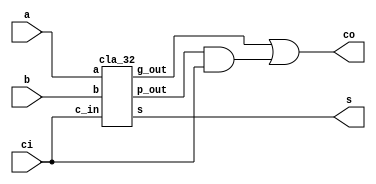
`timescale 1ns / 1ps
//////////////////////////////////////////////////////////////////////////////////
// Company: 
// Engineer: 
// 
// Design Name: 
// Module Name: CLA32
// Project Name: 
// Target Devices: 
// Tool Versions: 
// Description: 
// 
// Dependencies: 
// 
// Revision:
// Revision 0.01 - File Created
// Additional Comments:
// 
//////////////////////////////////////////////////////////////////////////////////


module CLA32(a,b,ci,s,co);
    input   [31:0]  a,b;
    input  ci;
    output   [31:0]   s;
    output co;
    wire  g_out,p_out;
    cla_32  cla   (a,b, ci,g_out,p_out, s); 
    assign  co  =  g_out| p_out &  ci;
endmodule




module add(a,b,c,g,p,s);
    input a,b,c;
    output g,p,s;
    assign s = a^b^c;
    assign g = a & b;
    assign p = a | b;
endmodule



module g_p  (g,p,c_in,g_out,p_out,c_out);
    input  [1:0]  g,p;
    input  c_in;
    output g_out, p_out, c_out;
    assign g_out = g[1]|p[1] & g[0];
    assign p_out = p[1]  & p[0];
    assign c_out = g[0]   |  p[0]  &  c_in;
endmodule

module cla_2 (a,b,c_in,g_out,p_out,s) ;
    input  [1:0]  a,b;
    input c_in;
    output g_out, p_out;
    output  [1:0]  s;
    wire  [1:0]  g,p;
    wire c_out;
    add add0 (a[0],b[0],c_in, g[0],p[0],s[0]);
    add add1 (a[1],b[1],c_out, g[1],p[1],s[1]);
    g_p g_p0 (g,p,c_in,  g_out,p_out,c_out);
endmodule

module cla_4 (a,b, c_in,g_out,p_out,s);
    input  [3:0]  a,b;
    input  c_in;
    output g_out, p_out;
    output  [3:0]  s;
    wire  [1:0]  g,p;
    wire c_out;
    cla_2 cla0 (a[1:0],b[1:0],c_in, g[0],p[0],s[1:0]);
    cla_2 clal (a[3:2],b[3:2],c_out,g[1],p[1],s[3:2]);
    g_p    g_p0  (g,p,c_in, g_out,p_out,c_out);
endmodule

module  cla_8   (a,b, c_in,g_out,p_out, s);
    input   [7:0]  a,b;
    input  c_in;
    output  g_out, p_out;
    output   [7:0]   s;
    wire   [1:0]   g,p;
    wire  c_out;
    cla_4  cla0  (a[3:0],b[3:0],c_in, g[0],p[0],s[3:0]);
    cla_4  c1a1  (a[7:4],b[7:4],c_out,g[1],p[1],s[7:4]);
    g_p   g_p0  (g,p,c_in,  g_out,p_out,c_out);
endmodule

module cla_16 (a,b, c_in,g_out,p_out, s);
    input   [15:0]  a,b;
    input  c_in;
    output  g_out, p_out;
    output   [15:0]  s;
    wire  [1:0]  g,p;
    wire  c_out;
    cla_8  cla0   (a[7:0],b[7:0],c_in,g[0],p[0],s[7:0]);
    cla_8  cla1   (a[15:8],b[15:8],c_out,g[1],p[1],s[15:8]);
    g_p    g_p0  (g,p,c_in,  g_out,p_out,c_out);
endmodule

module cla_32  (a,b,c_in,g_out,p_out, s);
    input  [31:0]  a,b;
    input c_in;
    output  g_out, p_out;
    output  [31:0]  s;
    wire  [1:0]  g,p;
    wire c_out;
    cla_16 c1a0 (a[15:0],b[15:0],c_in,g[0],p[0],s[15:0]);
    cla_16 c1a1 (a[31:16],b[31:16],c_out,g[1],p[1],s[31:16]);
    g_p    g_p0  (g,p,c_in, g_out,p_out,c_out);
endmodule